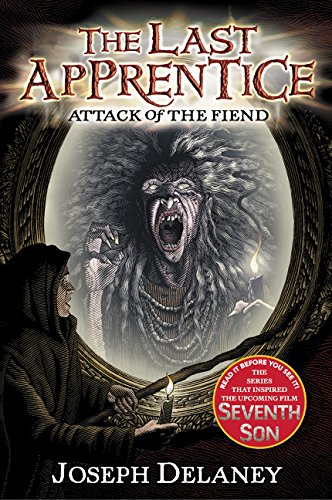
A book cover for Attack of the Fiend (The Last Apprentice); Joseph Delaney; Teen & Young Adult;